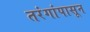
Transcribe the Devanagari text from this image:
तरंगांपासून